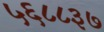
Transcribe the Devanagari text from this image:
५६८८३७